Report on sanitation, dispensaries, and jails in Rajputana for 1917, and on vaccination for the year 1917-1918 - 1917-1918
Year: 1917
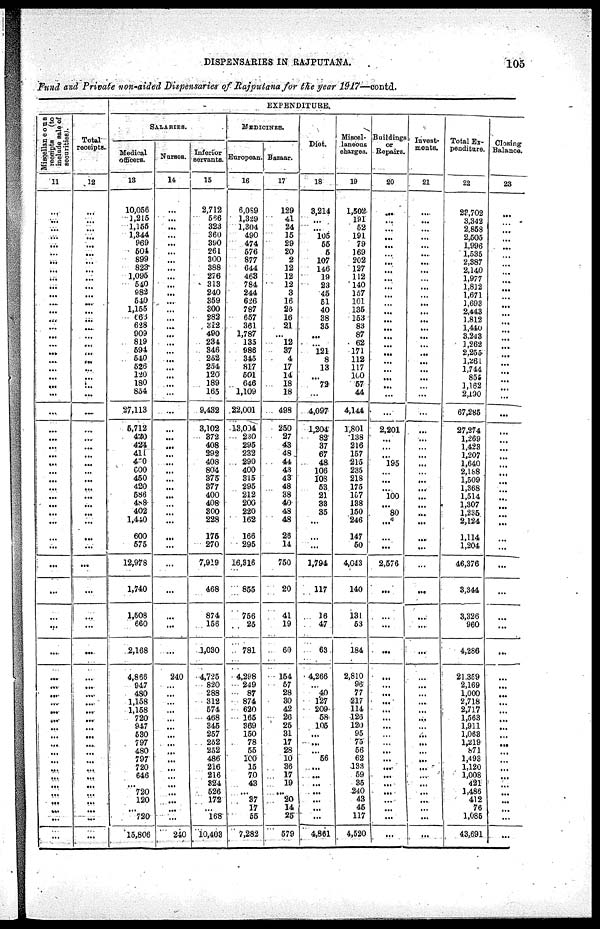
DISPENSARIES IN RAJPUTANA.
105
Fund and Private non-aided Dispensaries of Rajputana for the year 1917—contd.
Miscellaneous
receipts
(to
include sale of
securities).
11
...
...
...
...
...
...
...
...
...
...
...
...
...
...
...
...
...
...
...
...
...
...
...
...
...
...
...
...
...
...
...
...
...
...
...
...
...
...
...
...
...
...
...
...
...
...
...
...
...
...
...
...
...
...
...
...
...
...
...
...
...
...
Total
receipts.
12
...
...
...
...
...
...
...
...
...
...
...
...
...
...
...
...
...
...
...
...
...
...
...
...
...
...
...
...
...
...
...
...
...
...
...
...
...
...
...
...
...
...
...
...
...
...
...
...
...
...
...
...
...
...
...
...
...
...
...
...
...
...
EXPENDITURE.
SALARIES.
Medical
officers.
13
10,056
1,215
1,155
1,344
969
501
899
823
1,095
540
982
540
1,155
666
628
909
819
594
540
526
120
180
854
27,113
5,712
420
424
411
450
600
460
420
586
488
402
1,440
600
575
12,978
1,740
1,508
660
2,168
4,866
947
480
1,158
1,158
720
947
530
797
480
797
720
646
...
720
120
...
720
15,806
Nurses.
14
...
...
...
...
...
...
...
...
...
...
...
...
...
...
...
...
...
...
...
...
...
...
...
...
...
...
...
...
...
...
...
...
...
...
...
...
...
...
...
...
...
...
...
240
...
...
...
...
...
...
...
...
...
...
...
...
...
...
...
...
...
240
Inferior
servants.
15
2,712
566
323
360
390
261
300
388
276
313
240
359
300
282
312
490
234
346
262
254
120
189
165
9,432
3,102
372
408
392
408
804
375
377
400
408
300
228
175
270
7,919
468
874
156
1,030
4,725
820
288
312
574
468
345
257
252
252
486
216
216
324
526
172
...
168
10,403
MEDICINES.
European
16
6,059
1,329
1,304
490
474
576
877
644
463
784
244
626
787
657
361
1,787
135
986
345
817
501
646
1,109
22,001
13,004
230
295
232
290
400
315
295
212
200
220
162
166
295
16,316
855
756
25
781
4,288
249
87
874
620
165
369
150
78
55
100
15
70
43
...
87
17
55
7,282
Bazaar.
17
129
41
24
15
29
20
2
12
12
12
3
16
26
16
21
...
12
37
4
17
14
18
18
498
250
27
48
48
44
43
43
48
38
40
48
48
26
14
750
20
41
19
60
154
57
28
30
42
26
25
31
17
28
10
36
17
19
...
20
14
25
579
Diet.
18
3,214
...
...
105
55
5
107
146
19
23
45
51
40
38
35
...
...
121
8
13
... 72
...
4,097
1,204
82
37
67
48
106
108
53
21
38
35
...
...
...
1,794
117
16
47
63
4,266
...
40
127
209
58
105
...
...
...
56
...
...
...
...
...
...
...
4,861
Miscel-
laneous
charges.
19
1,502
191
52
191
79
169
202
127
112
140
157
101
135
153
83
87
62
171
112
117
100
57
44
4,144
1,801
138
216
157
215
235
218
175
157
138
150
246
147
50
4,043
140
131
53
184
2,810
96
77
217
114
126
120
95
75
56
62
133 59
35
240
43
45
117
4,520
Buildings
or
Repairs.
20
...
...
...
...
...
...
...
...
...
...
...
...
...
...
...
...
...
...
...
...
...
...
...
...
2,201
...
...
...
195
...
...
...
100
...
80
...
...
...
2,576
...
...
...
...
...
...
...
...
...
...
...
...
...
...
...
...
...
...
...
...
...
...
...
Invest-
ments.
21
...
...
...
...
...
...
...
...
...
...
...
...
...
...
...
...
...
...
...
...
...
...
...
...
...
...
...
...
...
...
...
...
...
...
...
...
...
...
...
...
...
...
...
...
...
...
...
...
...
...
...
...
...
...
...
...
...
...
...
...
...
...
Total Ex-
penditure.
22
23,702
3,342
2,858
2,505
1,996
1,535
2,387
2,140
1,977
1,812
1,671
1,693
2,443
1,812
1,440
3,243
1,262
2,255
1,261
1,744
855
1,162
2,190
67,285
27,274
1,269
1,423
1,207
1,640
2,188
1,509
1,368
1,514
1,307
1,235
2,124
1,114
1,204
46,376
3,344
3,326
960
4,286
21,359
2,169
1,000
2,718
2,717
1,563
1,911
1,063
1,219
871
1,493
1,120
1,008
421
1,486
412
76
1,085
43,691
Closing
Balance.
23
...
...
...
...
...
...
...
...
...
...
...
...
...
...
...
...
...
...
...
...
...
...
...
...
...
...
...
...
...
...
...
...
...
...
...
...
...
...
...
...
...
...
...
...
...
...
...
...
...
...
...
...
...
...
...
...
...
...
...
...
...
...